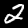
Digit: 2